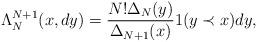
LaTeX: \begin{align*}\Lambda^{N+1}_{N}(x,dy)=\frac{N! \Delta_N(y)}{\Delta_{N+1}(x)}\boldmath{1}(y\prec x)dy,\end{align*}